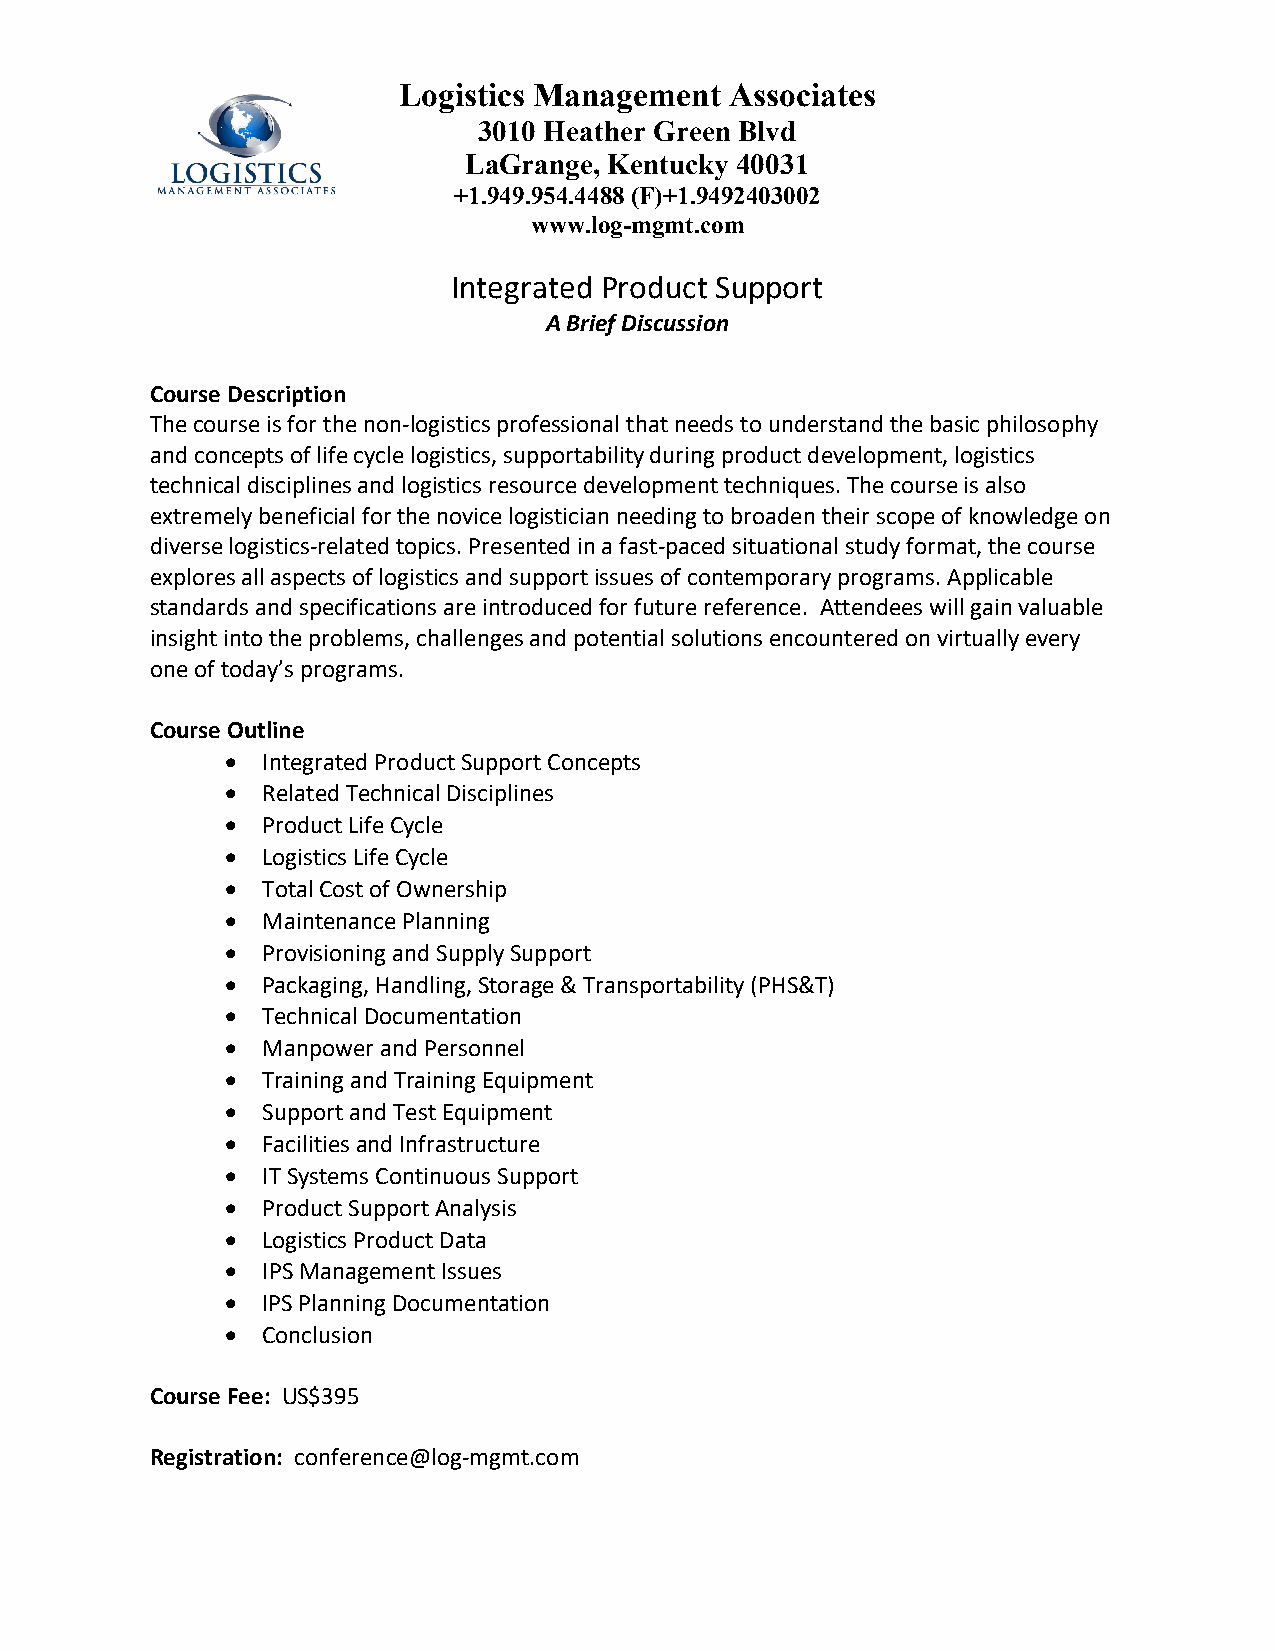
Logistics Management  Associates
 3010 Heather Green Blvd
 LaGrange, Kentucky 40031
 +1.949.954.4488 (F)+1.9492403002
 www.log-mgmt.com
 Integrated Product Support
 A Brief Discussion
 Course Description
 The course is for the non-logistics professional that needs to understand the basic philosophy
 and concepts of life cycle logistics, supportability during product development, logistics
 technical disciplines and logistics resource development techniques. The course is also
 extremely beneficial for the novice logistician needing to broaden their scope of knowledge on
 diverse logistics-related topics. Presented in a fast-paced situational study format, the course
 explores all aspects of logistics and support issues of contemporary programs. Applicable
 standards and specifications are introduced for future reference. Attendees will gain valuable
 insight into the problems, challenges and potential solutions encountered on virtually every
 one of today’s programs.
 Course Outline
 • Integrated Product Support Concepts
 • Related Technical Disciplines
 • Product Life Cycle
 • Logistics Life Cycle
 • Total Cost of Ownership
 • Maintenance Planning
 • Provisioning and Supply Support
 • Packaging, Handling, Storage & Transportability (PHS&T)
 • Technical Documentation
 • Manpower and Personnel
 • Training and Training Equipment
 • Support and Test Equipment
 • Facilities and Infrastructure
 • IT Systems Continuous Support
 • Product Support Analysis
 • Logistics Product Data
 • IPS Management Issues
 • IPS Planning Documentation
 • Conclusion
 Course Fee: US$395
 Registration: conference@log-mgmt.com